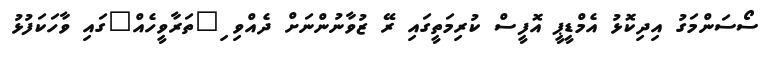
ސޯސަންމަގު އިދިކޮޅު އެމްޑީޕީ އޮފީސް ކުރިމަތީގައި ރޭ ޒުވާނުންނަށް ދެއްވި ި"ތަރާވީހެއް"ގައި ވާހަކަފުޅު